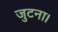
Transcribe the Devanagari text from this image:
जुटना।